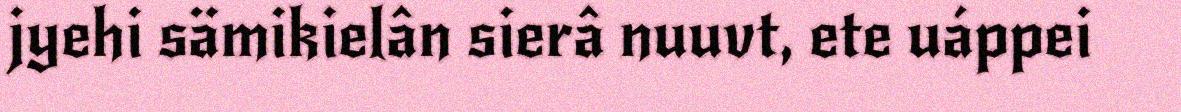
jyehi sämikielân sierâ nuuvt, ete uáppei